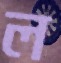
ল